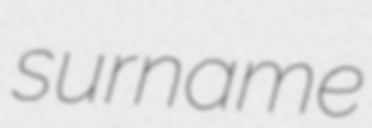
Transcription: surname